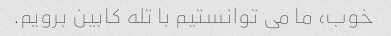
خوب، ما می توانستیم با تله کابین برویم.